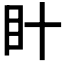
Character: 𭾗